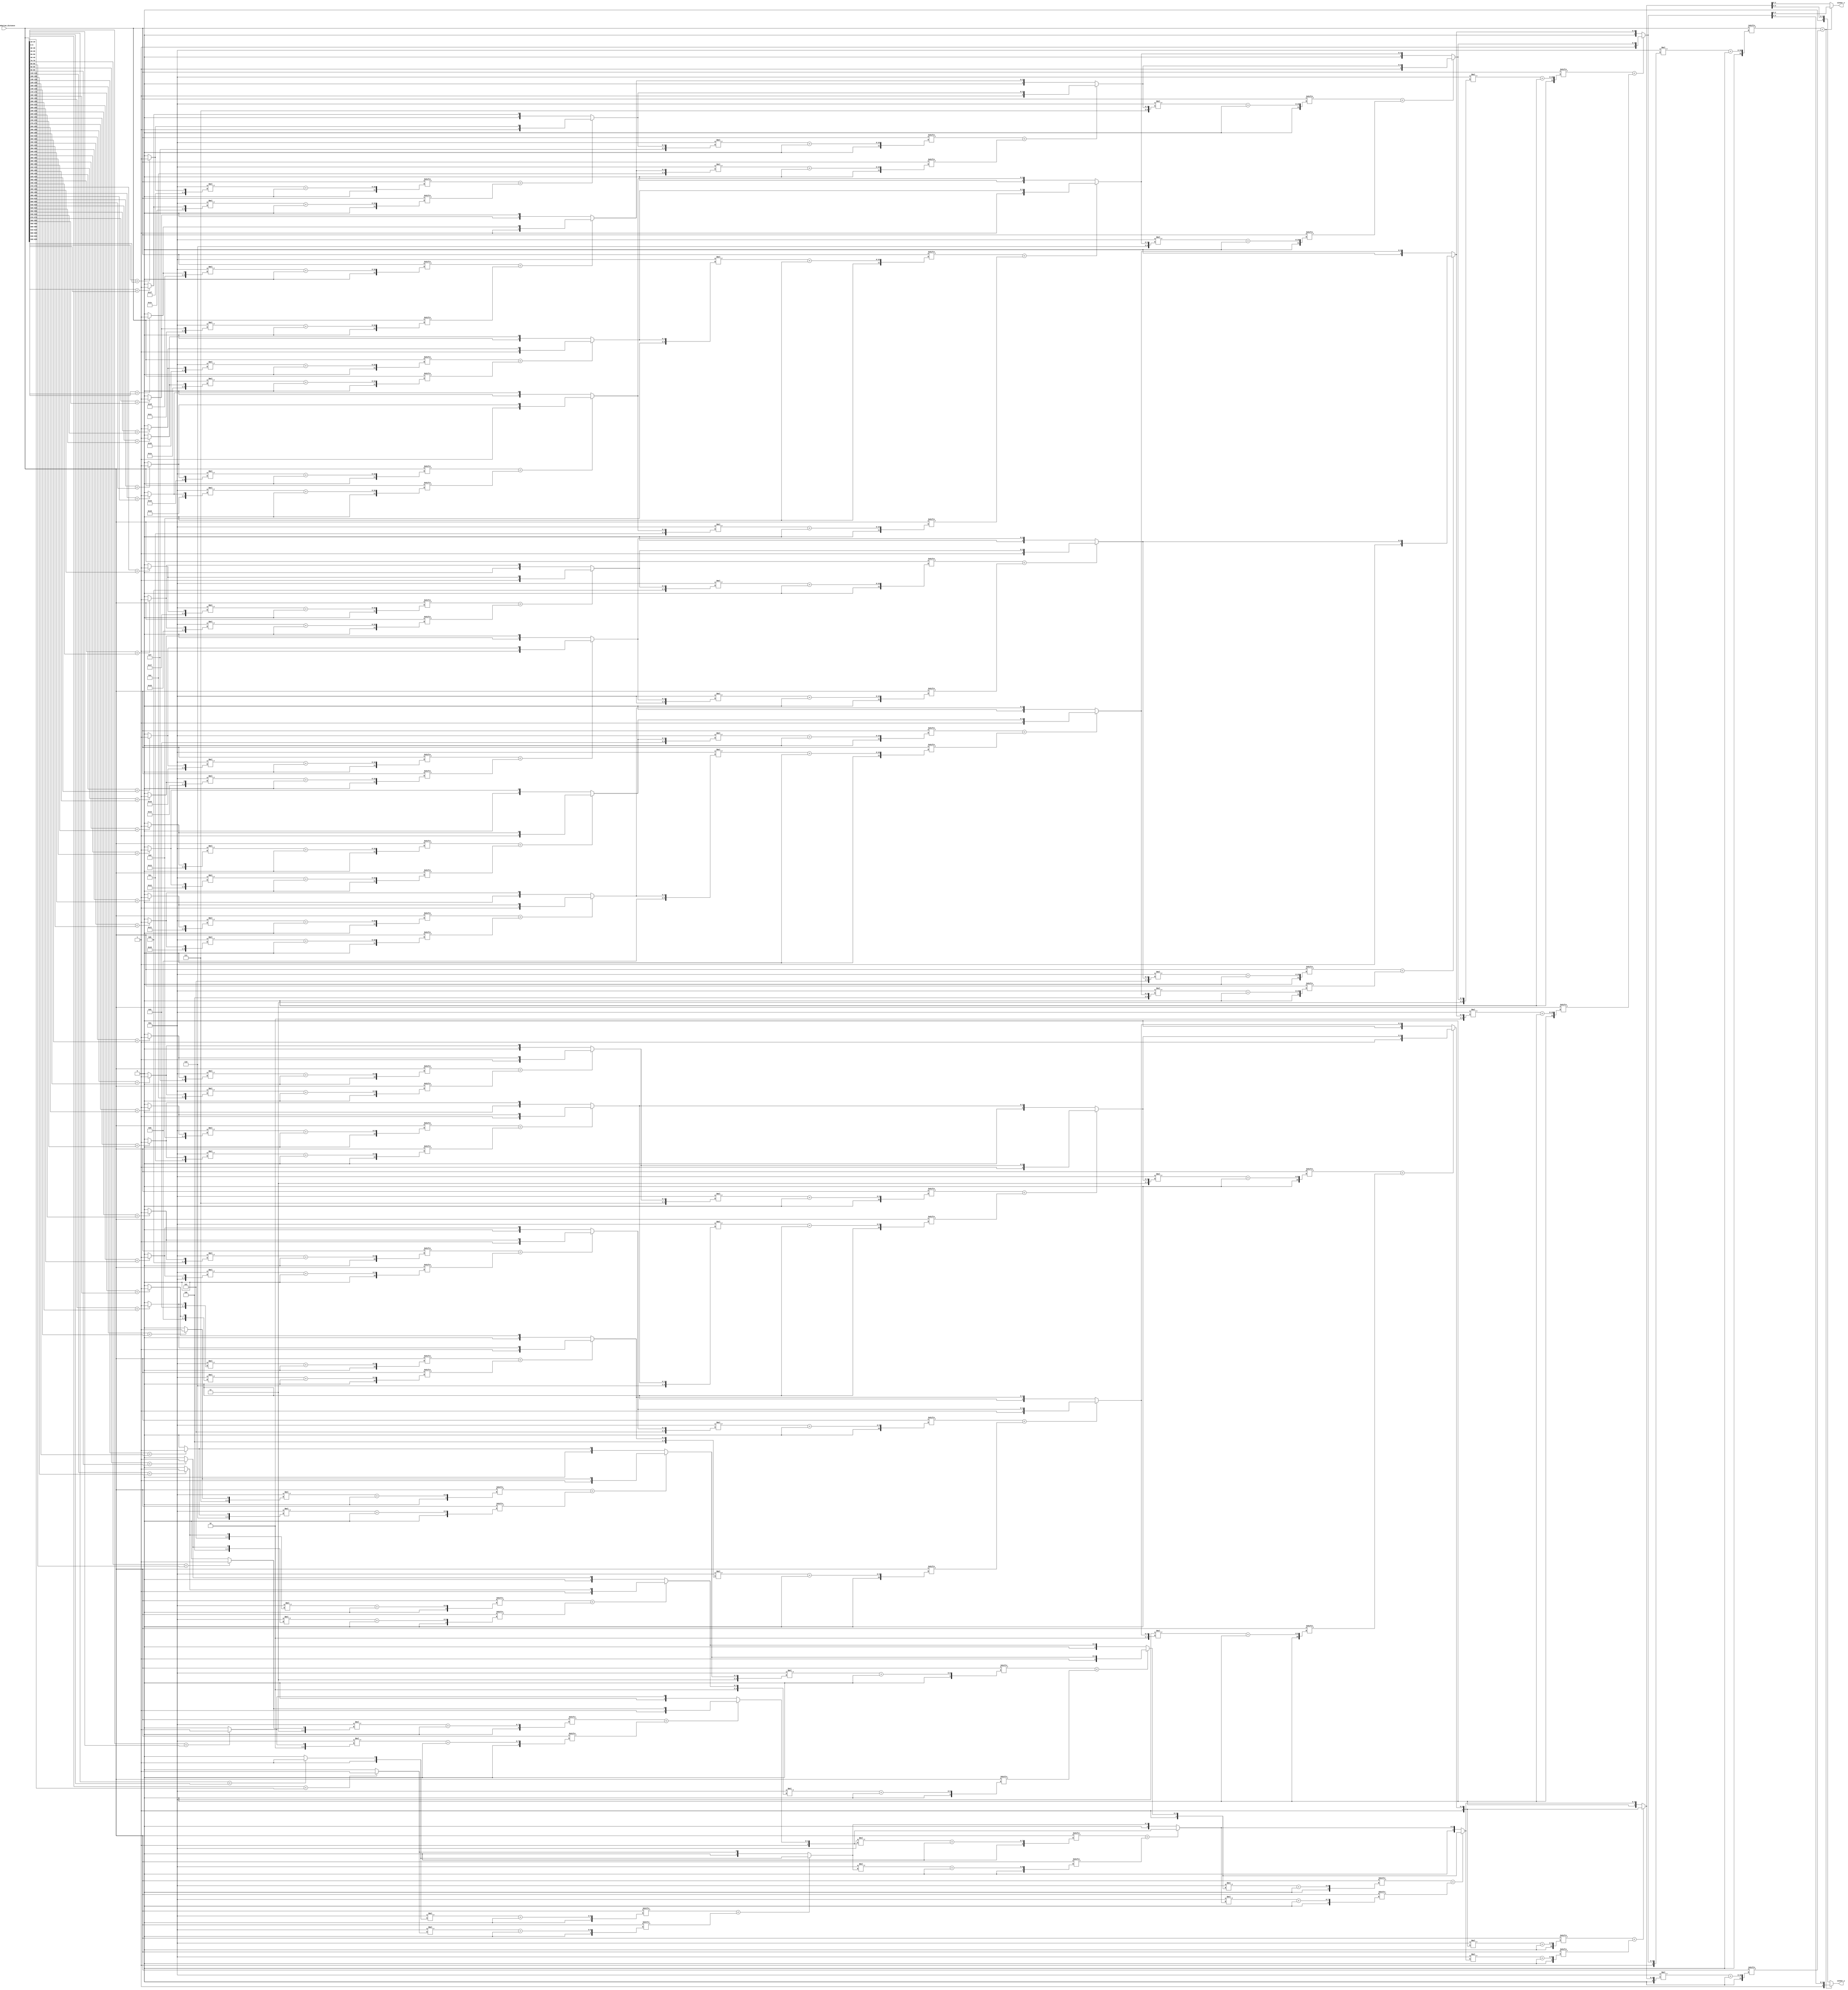
module WSC(
	//input clk,
	//input rst,
	//{VEP63.manhattan_distance, VEP62.manhattan_distance, ... , VEP0.manhattan_distance}
	input  [639:0] VEPs_manhattan_distance,
	output [2:0] winner_x,
	output [2:0] winner_y
	//output reg valid
);

/*
reg [5:0] position1;


always@(posedge clk or posedge rst)
	if(rst)
		position1<=6'd0;
	else
		position1<=position1+6'd1;
		

always@(posedge clk or posedge rst)
	if(rst)
		winner_x<=3'd0;
	else if(VEPs_manhattan_distance[((position1<<3)+(position1<<1))+:10'd10]<=VEPs_manhattan_distance[{winner_y,winner_x}+:10'd10])
		winner_x<=position1[2:0];
	else
		winner_x<=winner_x;

always@(posedge clk or posedge rst)
	if(rst)
		winner_y<=3'd0;
	else if(VEPs_manhattan_distance[((position1<<3)+(position1<<1))+:10'd10]<=VEPs_manhattan_distance[{winner_y,winner_x}+:10'd10])
		winner_y<=position1[5:3];
	else
		winner_y<=winner_y;	


always@(posedge clk or posedge rst)
	if(rst)
		valid<=1'b0;
	else if(position1==6'd63)
		valid<=1'b1;
	else
		valid<=1'b0;
*/

wire [5:0] s1 [31:0];
wire [5:0] s2 [15:0];
wire [5:0] s3 [7:0];
wire [5:0] s4 [3:0];
wire [5:0] s5 [1:0];



generate
	genvar a;
	//wire [4:0] aa [31:0];
	for(a=0;a<64;a=a+2)begin:GEN1
		//assign aa[a]=a;
		assign s1[a>>1]=(VEPs_manhattan_distance[(10*(a+1))+:10]<VEPs_manhattan_distance[(10*(a))+:10])?(a+1):(a);
	end
endgenerate

generate
	genvar b;
	for(b=0;b<32;b=b+2)begin:GEN2
		assign s2[b>>1]=(VEPs_manhattan_distance[(10*(s1[b+1]))+:10]<VEPs_manhattan_distance[(10*(s1[b]))+:10])?s1[b+1]:s1[b];
	end
endgenerate

generate
	genvar c;
	for(c=0;c<16;c=c+2)begin:GEN3
		assign s3[c>>1]=(VEPs_manhattan_distance[(10*(s2[c+1]))+:10]<VEPs_manhattan_distance[(10*(s2[c]))+:10])?s2[c+1]:s2[c];
	end
endgenerate

generate
	genvar d;
	for(d=0;d<8;d=d+2)begin:GEN4
		assign s4[d>>1]=(VEPs_manhattan_distance[(10*(s3[d+1]))+:10]<VEPs_manhattan_distance[(10*(s3[d]))+:10])?s3[d+1]:s3[d];
	end
endgenerate

generate
	genvar e;
	for(e=0;e<4;e=e+2)begin:GEN5
		assign s5[e>>1]=(VEPs_manhattan_distance[(10*(s4[e+1]))+:10]<VEPs_manhattan_distance[(10*(s4[e]))+:10])?s4[e+1]:s4[e];
	end
endgenerate

assign winner_x=(VEPs_manhattan_distance[(10*(s5[1]))+:10]<VEPs_manhattan_distance[(10*(s5[0]))+:10])?s5[1][2:0]:s5[0][2:0];
assign winner_y=(VEPs_manhattan_distance[(10*(s5[1]))+:10]<VEPs_manhattan_distance[(10*(s5[0]))+:10])?s5[1][5:3]:s5[0][5:3];

endmodule